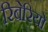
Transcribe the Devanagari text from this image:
रिबेरियो